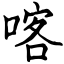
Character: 喀